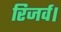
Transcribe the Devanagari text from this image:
रिजर्व।